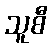
သူစီ